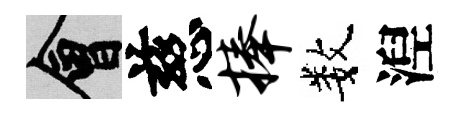
會慈捧数湼